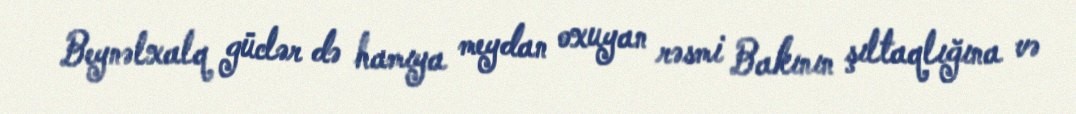
Beynəlxalq güclər də hamıya meydan oxuyan rəsmi Bakının şıltaqlığına və